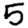
Digit: 5